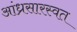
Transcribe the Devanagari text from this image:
आंध्रसारस्वत